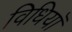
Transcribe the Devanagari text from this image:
विधियॉ